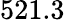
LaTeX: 521.3